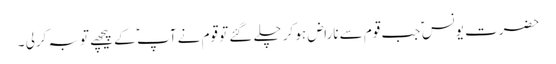
حضرت یونس ؑ جب قوم سے ناراض ہو کر چلے گئے تو قوم نے آپ ؑ کے پیچھے توبہ کرلی ۔